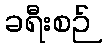
ခရီးစဉ်